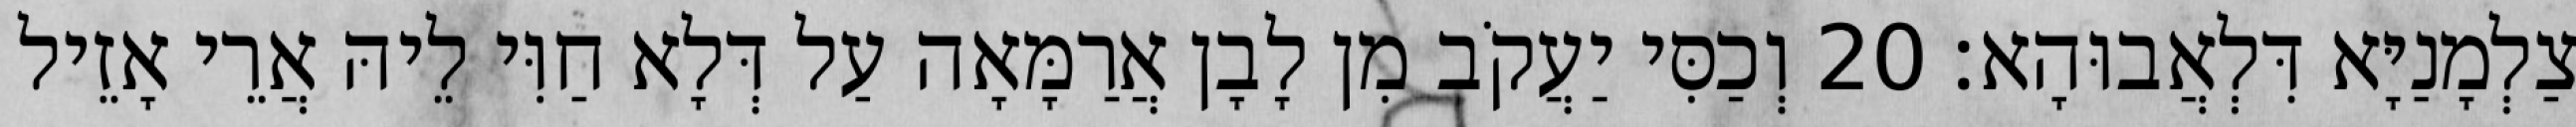
צַלְמָנַיָּא דִּלְאֲבוּהָא׃ 20 וְכַסִּי יַעֲקֹב מִן לָבָן אֲרַמָּאָה עַל דְּלָא חַוִּי לֵיהּ אֲרֵי אָזֵיל